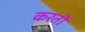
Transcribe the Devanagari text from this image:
करतॊ